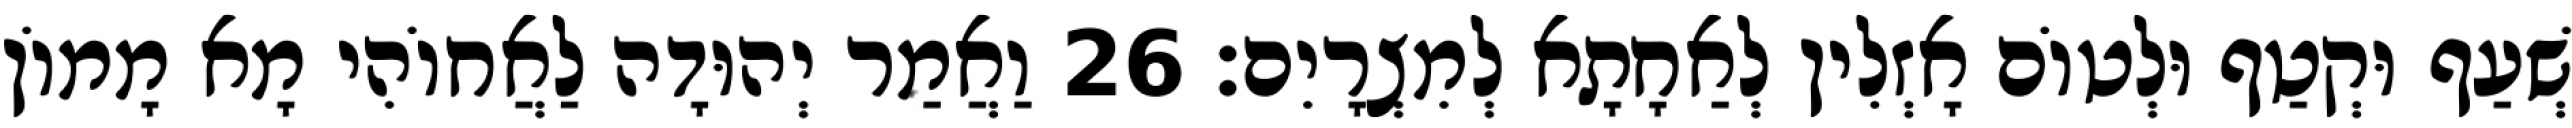
שְׁעַף וּקְטַף וּלְטוֹם אָזְלִין לְאַחָתָא לְמִצְרָיִם׃ 26 וַאֲמַר יְהוּדָה לַאֲחוֹהִי מָא מָמוֹן